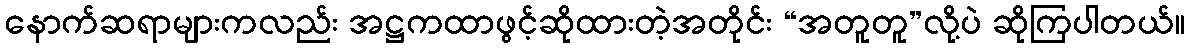
နောက်ဆရာများကလည်း အဋ္ဌကထာဖွင့်ဆိုထားတဲ့အတိုင်း “အတူတူ”လို့ပဲ ဆိုကြပါတယ်။